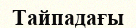
Тайпадағы